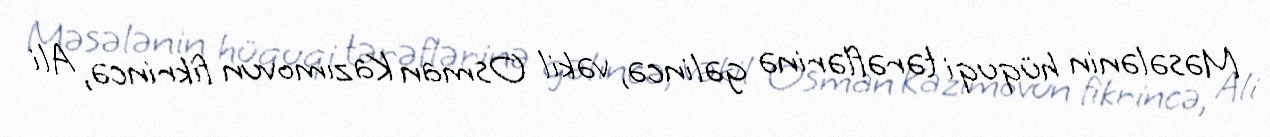
Məsələnin hüquqi tərəflərinə gəlincə, vəkil Osman Kazımovun fikrincə, Ali